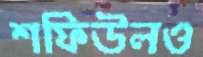
শফিউলও